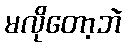
မလိုတော့ဘဲ